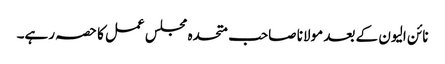
نائن الیون کے بعد مولانا صاحب متحدہ مجلس عمل کا حصہ رہے۔